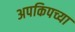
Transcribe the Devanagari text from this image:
अपकिपच्या